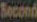
Second